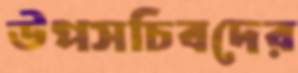
উপসচিবদের